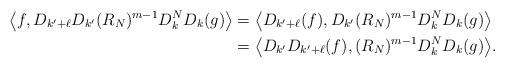
LaTeX: \begin{align*}\big\langle f, D_{k'+\ell}D_{k'}(R_{N})^{m-1}D_{k}^{N}D_{k}(g)\big\rangle&=\big\langle D_{k'+\ell}(f),D_{k'}(R_{N})^{m-1}D_{k}^{N}D_{k}(g)\big\rangle\\&=\big\langle D_{k'}D_{k'+\ell}(f),(R_{N})^{m-1}D_{k}^{N}D_{k}(g)\big\rangle.\end{align*}